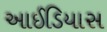
આઈડિયાસ